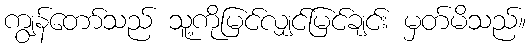
ကျွန်တော်သည် သူ့ကိုမြင်လျှင်မြင်ချင်း မှတ်မိသည်။